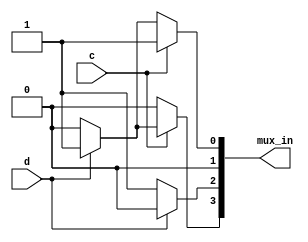
module top_module (
    input c,
    input d,
    output [3:0] mux_in
); 
    //solving the kmap give the expression 
    // f= (ab'd') + (abcd) + (a'b'(c+d))
    // a and b are select variables
    
    assign mux_in[0]= c ? 1 : (d ? 1 : 0)  ,   // c OR d
        mux_in[1]= 0,	// zero
       mux_in[2]= d ? 0 : 1,		// not D
     mux_in[3]= c ? (d ? 1 : 0) : 0;      // c AND D
    
endmodule